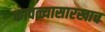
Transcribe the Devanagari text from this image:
कावळ्यासारखाच